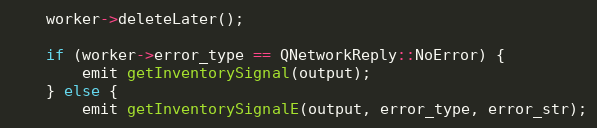
Language: C++
    worker->deleteLater();

    if (worker->error_type == QNetworkReply::NoError) {
        emit getInventorySignal(output);
    } else {
        emit getInventorySignalE(output, error_type, error_str);